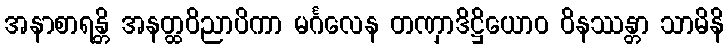
အနာစာရန္တိ အနတ္ထဝိညာပိကာ မင်္ဂလေန တဏှာဒိဋ္ဌိယောဝ ဝိနဿန္တာ သာမိနိ